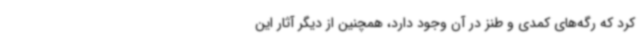
کرد که رگه‌های کمدی و طنز در آن وجود دارد، همچنین از دیگر آثار این